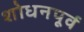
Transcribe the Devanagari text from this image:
शोधनपूर्व